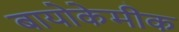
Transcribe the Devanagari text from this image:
बायोकेमीक